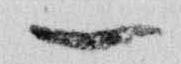
一